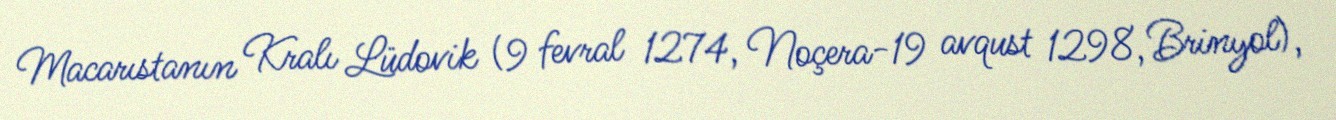
Macarıstanın Kralı Lüdovik (9 fevral 1274, Noçera-19 avqust 1298, Brinyol),